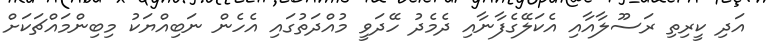
އަދި ކީރިތި ރަސޫލާއާއި އެކަލޭގެފާނާއި ދެމެދު ހޭދަވީ މުއްދަތުގައި އެހެން ނަބިއްޔަކު މިބިންމައްޗަކަށް